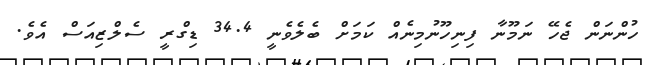
ހުންނަން ޖެހޭ ނަމޫނާ ފިނިހޫނުމިނެއް ކަމަށް ބެލެވެނީ 34.4 ޑިގްރީ ސެލްޒިއަސް އެވެ.